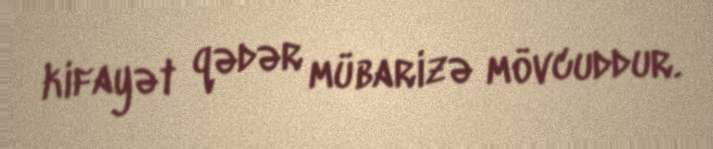
kifayət qədər mübarizə mövcuddur.